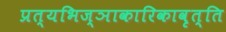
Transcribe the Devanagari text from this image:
प्रत्यभिज्ञाकारिकावृत्ति